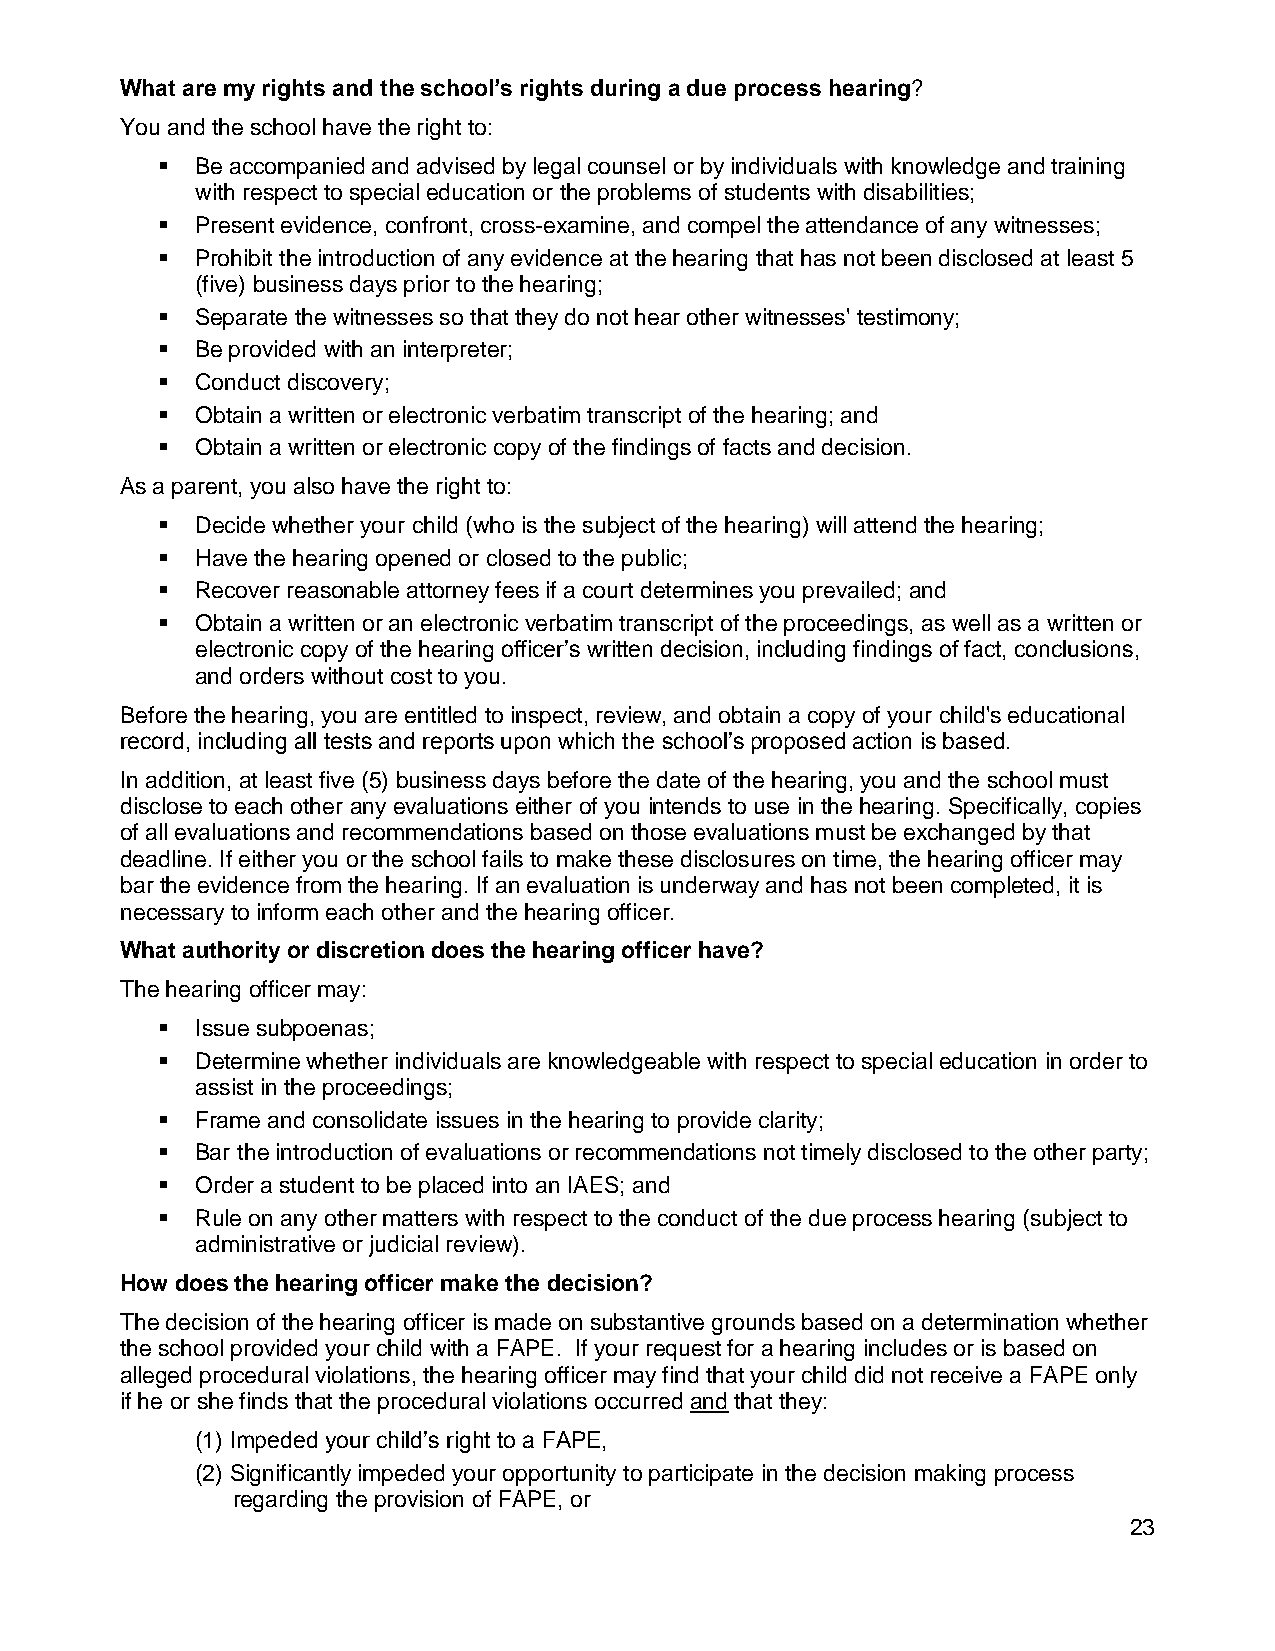
What are my rights and the school’s rights during a due process hearing?
 You and the school have the right to:
   Be accompanied and advised by legal counsel or by individuals with knowledge and training
 with respect to special education or the problems of students with disabilities;
   Present evidence, confront, cross-examine, and compel the attendance of any witnesses;
   Prohibit the introduction of any evidence at the hearing that has not been disclosed at least 5
 (five) business days prior to the hearing;
   Separate the witnesses so that they do not hear other witnesses' testimony;
   Be provided with an interpreter;
   Conduct discovery;
   Obtain a written or electronic verbatim transcript of the hearing; and
   Obtain a written or electronic copy of the findings of facts and decision.
 As a parent, you also have the right to:
   Decide whether your child (who is the subject of the hearing) will attend the hearing;
   Have the hearing opened or closed to the public;
   Recover reasonable attorney fees if a court determines you prevailed; and
   Obtain a written or an electronic verbatim transcript of the proceedings, as well as a written or
 electronic copy of the hearing officer’s written decision, including findings of fact, conclusions,
 and orders without cost to you.
 Before the hearing, you are entitled to inspect, review, and obtain a copy of your child's educational
 record, including all tests and reports upon which the school’s proposed action is based.
 In addition, at least five (5) business days before the date of the hearing, you and the school must
 disclose to each other any evaluations either of you intends to use in the hearing. Specifically, copies
 of all evaluations and recommendations based on those evaluations must be exchanged by that
 deadline. If either you or the school fails to make these disclosures on time, the hearing officer may
 bar the evidence from the hearing. If an evaluation is underway and has not been completed, it is
 necessary to inform each other and the hearing officer.
 What authority or discretion does the hearing officer have?
 The hearing officer may:
   Issue subpoenas;
   Determine whether individuals are knowledgeable with respect to special education in order to
 assist in the proceedings;
   Frame and consolidate issues in the hearing to provide clarity;
   Bar the introduction of evaluations or recommendations not timely disclosed to the other party;
   Order a student to be placed into an IAES; and
   Rule on any other matters with respect to the conduct of the due process hearing (subject to
 administrative or judicial review).
 How does the hearing officer make the decision?
 The decision of the hearing officer is made on substantive grounds based on a determination whether
 the school provided your child with a FAPE. If your request for a hearing includes or is based on
 alleged procedural violations, the hearing officer may find that your child did not receive a FAPE only
 if he or she finds that the procedural violations occurred and that they:
 (1) Impeded your child’s right to a FAPE,
 (2) Significantly impeded your opportunity to participate in the decision making process
 regarding the provision of FAPE, or
 23